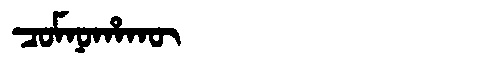
Manchu: ᠴᠣᠮᠨᠣᡥᠠᡴᡡ
Romanization: COMNOHAKŪ